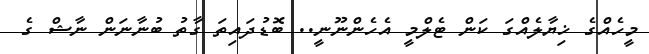
މީހެއްގެ ޚިޔާލެއްގަ ކަން ޓެލްމީ އެހެންނޫނީ.. ބޮޑުދައިތަ ގާތު ބުނާނަން ނާޝް ގެ